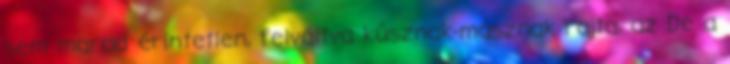
sem marad érintetlen, felváltva kúsznak-másznak rajta, az De a